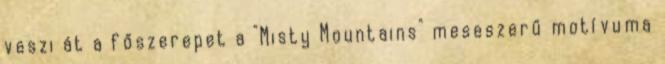
veszi át a főszerepet a "Misty Mountains" meseszerű motívuma